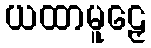
ယထာမူဠှေ